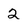
Character: 2